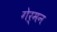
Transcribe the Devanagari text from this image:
गेर्मन